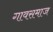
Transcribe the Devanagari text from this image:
गावसमाज